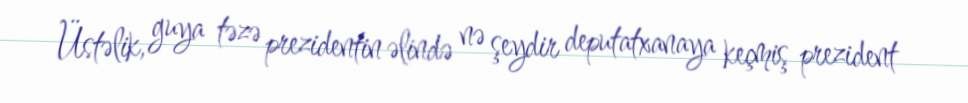
Üstəlik, guya təzə prezidentin əlində nə şeydir deputatxanaya keçmiş prezident